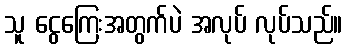
သူ ငွေကြေးအတွက်ပဲ အလုပ် လုပ်သည်။